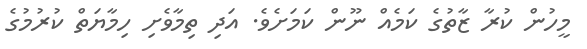
މީހުން ކުރާ ޒާތުގެ ކަމެއް ނޫން ކަމަށެވެ. އަދި ތިމާވެށި ހިމާޔަތް ކުރުމުގެ